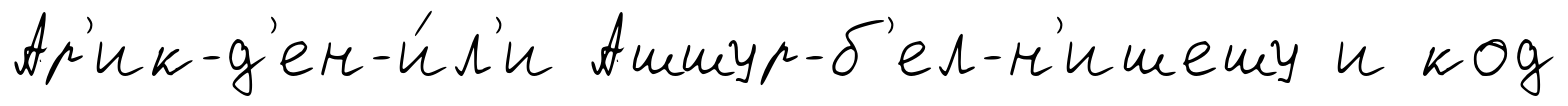
Ар'ик-д'ен-и́л'и Ашшур-б'ел-н'ишешу и код